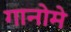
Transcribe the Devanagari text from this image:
गानोमे